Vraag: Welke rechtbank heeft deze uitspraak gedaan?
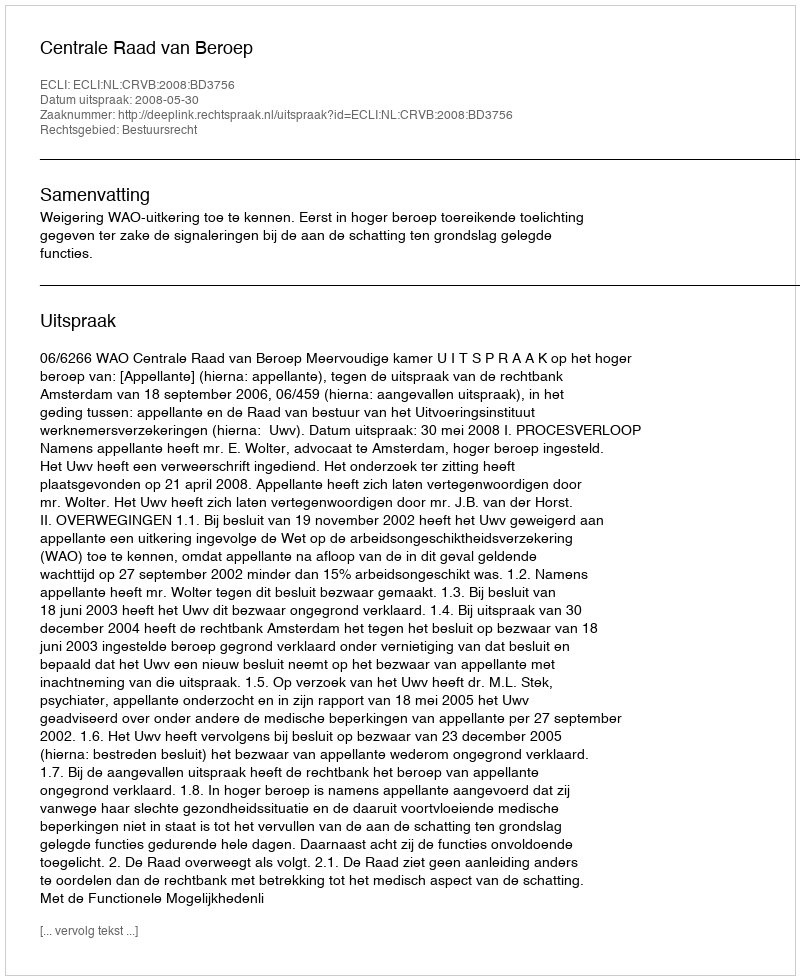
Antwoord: Centrale Raad van Beroep